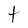
Character: t